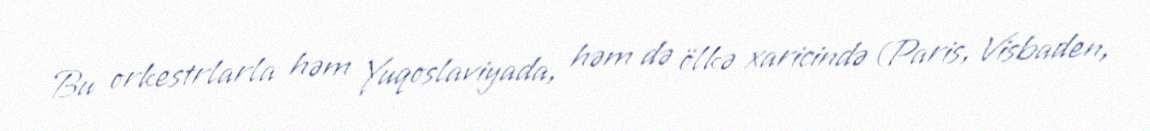
Bu orkestrlarla həm Yuqoslaviyada, həm də ölkə xaricində (Paris, Visbaden,